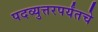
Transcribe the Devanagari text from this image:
पदव्युत्तरपर्यंतचे